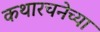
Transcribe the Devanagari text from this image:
कथारचनेच्या